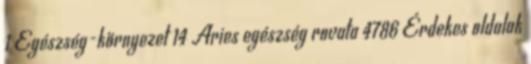
1 Egészség-környezet 14 Aries egészség rovata 4786 Érdekes oldalak